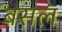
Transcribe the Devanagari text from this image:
बसलं